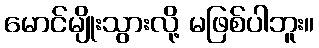
မောင်မျိုးသွားလို့ မဖြစ်ပါဘူး။